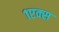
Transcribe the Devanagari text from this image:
१एक्स